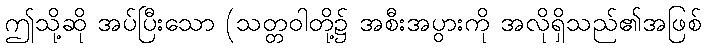
ဤသို့ဆို အပ်ပြီးသော (သတ္တဝါတို့၌ အစီးအပွားကို အလိုရှိသည်၏အဖြစ်